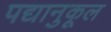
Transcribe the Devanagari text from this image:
पद्यानुकूल